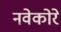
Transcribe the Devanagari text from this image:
नवेकोरे